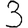
Digit: 3